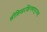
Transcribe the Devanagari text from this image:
श्रीशिखरशिंगणापूरच्या